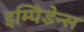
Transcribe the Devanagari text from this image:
इम्पिडेन्स